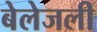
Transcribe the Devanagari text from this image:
बेलेजली